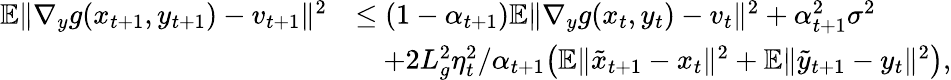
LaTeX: \begin{array}{rl}{\mathbb{E}\| \nabla_{y}g(x_{t+1},y_{t+1})-v_{t+1}\| ^{2}}&{\leq(1-\alpha_{t+1})\mathbb{E}\| \nabla_{y}g(x_{t},y_{t})-v_{t}\| ^{2}+\alpha_{t+1}^{2}\sigma^{2}}\\ &{\quad+2L_{g}^{2}\eta_{t}^{2}/\alpha_{t+1}\big(\mathbb{E}\| \tilde{x}_{t+1}-x_{t}\| ^{2}+\mathbb{E}\| \tilde{y}_{t+1}-y_{t}\| ^{2}\big),}\end{array}